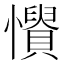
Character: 𢤳